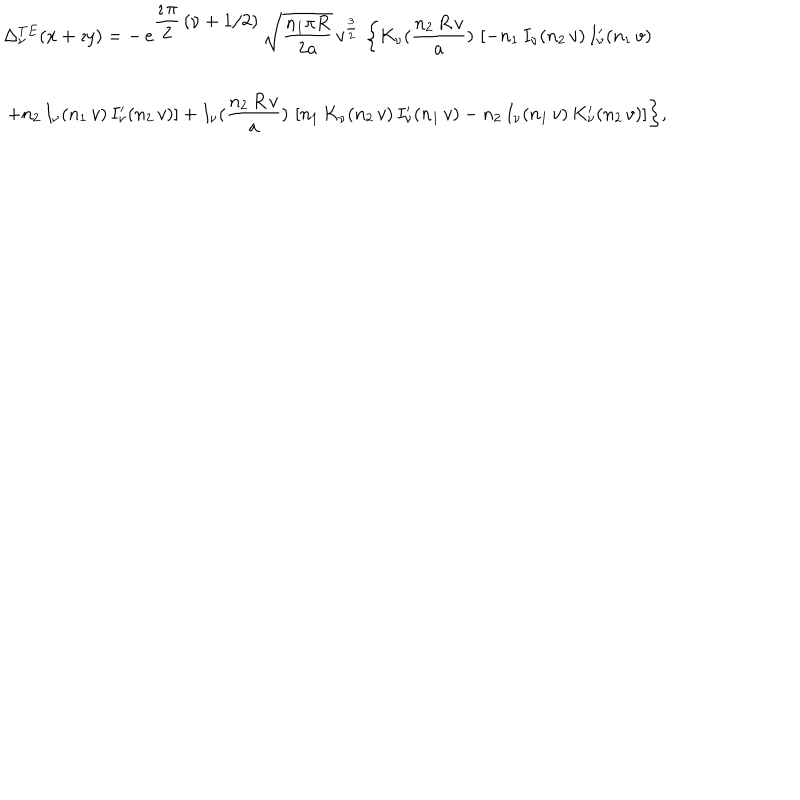
LaTeX: \begin{array} { c } { { \Delta _ { \nu } ^ { T E } ( x + \imath y ) = \displaystyle { - \, e ^ { \displaystyle { \frac { \imath \, \pi } { 2 } \, \left( \nu + 1 / 2 \right) } } \, { \sqrt { \frac { n _ { 1 } \pi R } { 2 a } } } \, } \displaystyle { { v } ^ { \frac { 3 } { 2 } } \, \left\{ K _ { \nu } ( \frac { n _ { 2 } \, R \, v } { a } ) \, \left[ - n _ { 1 } \, I _ { \nu } ( n _ { 2 } \, v ) \, I _ { \nu } ^ { \prime } ( n _ { 1 } \, v ) \right. \right. } } } \\ { { \displaystyle { \phantom { \frac { 1 } { 1 } } \left. \left. + n _ { 2 } \, I _ { \nu } ( n _ { 1 } \, v ) \, I _ { \nu } ^ { \prime } ( n _ { 2 } \, v ) \right] + I _ { \nu } ( \frac { n _ { 2 } \, R \, v } { a } ) \, \left[ n _ { 1 } \, K _ { \nu } ( n _ { 2 } \, v ) \, I _ { \nu } ^ { \prime } ( n _ { 1 } \, v ) - n _ { 2 } \, I _ { \nu } ( n _ { 1 } \, v ) \, K _ { \nu } ^ { \prime } ( n _ { 2 } \, v ) \right] \right\} } , } } \\ \end{array}